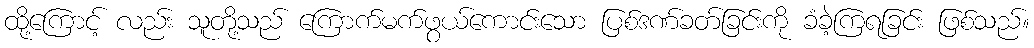
ထို့ကြောင့် လည်း သူတို့သည် ကြောက်မက်ဖွယ်ကောင်းသော ပြစ်ဒဏ်ခတ်ခြင်းကို ခံခဲ့ကြရခြင်း ဖြစ်သည်။